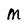
Character: M